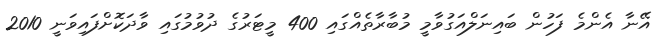
އޭނާ އެންމެ ފަހުން ބައިނަލްއަގުވާމީ މުބާރާތެއްގައި 400 މީޓަރުގެ ދުވުމުގައި ވާދަކޮށްފައިވަނީ 2010